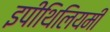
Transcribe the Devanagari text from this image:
इपीथिलियमी